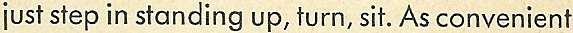
just step in standing up,turn,sit. As convenient